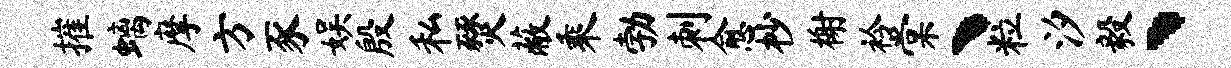
摧螭摩方豕娱殷私燹蔽乘勃刺愈杪榭衿棠丶粒汐毅、